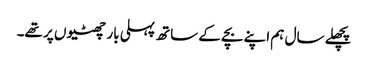
پچھلے سال ہم اپنے بچے کے ساتھ پہلی بار چھٹیوں پر تھے۔